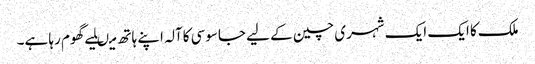
ملک کا ایک ایک شہری چین کے لیے جاسوسی کاآلہ اپنے ہاتھ میںلیے گھوم رہا ہے۔